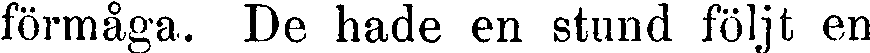
förmåga. De hade en stund följt en